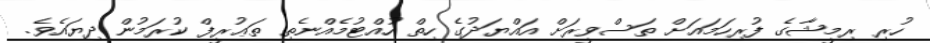
ހުރި ރިމީޝާގެ ފުރިހަމައަށް ތަސްވީރަށް އައްޔަދުގެ ހިތް ހުއްޓުމެއްނެތި ތަޢުރީފް ކުރަމުން ދިޔައެވެ.